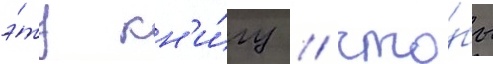
э́ту кн'и́гу / что́бы